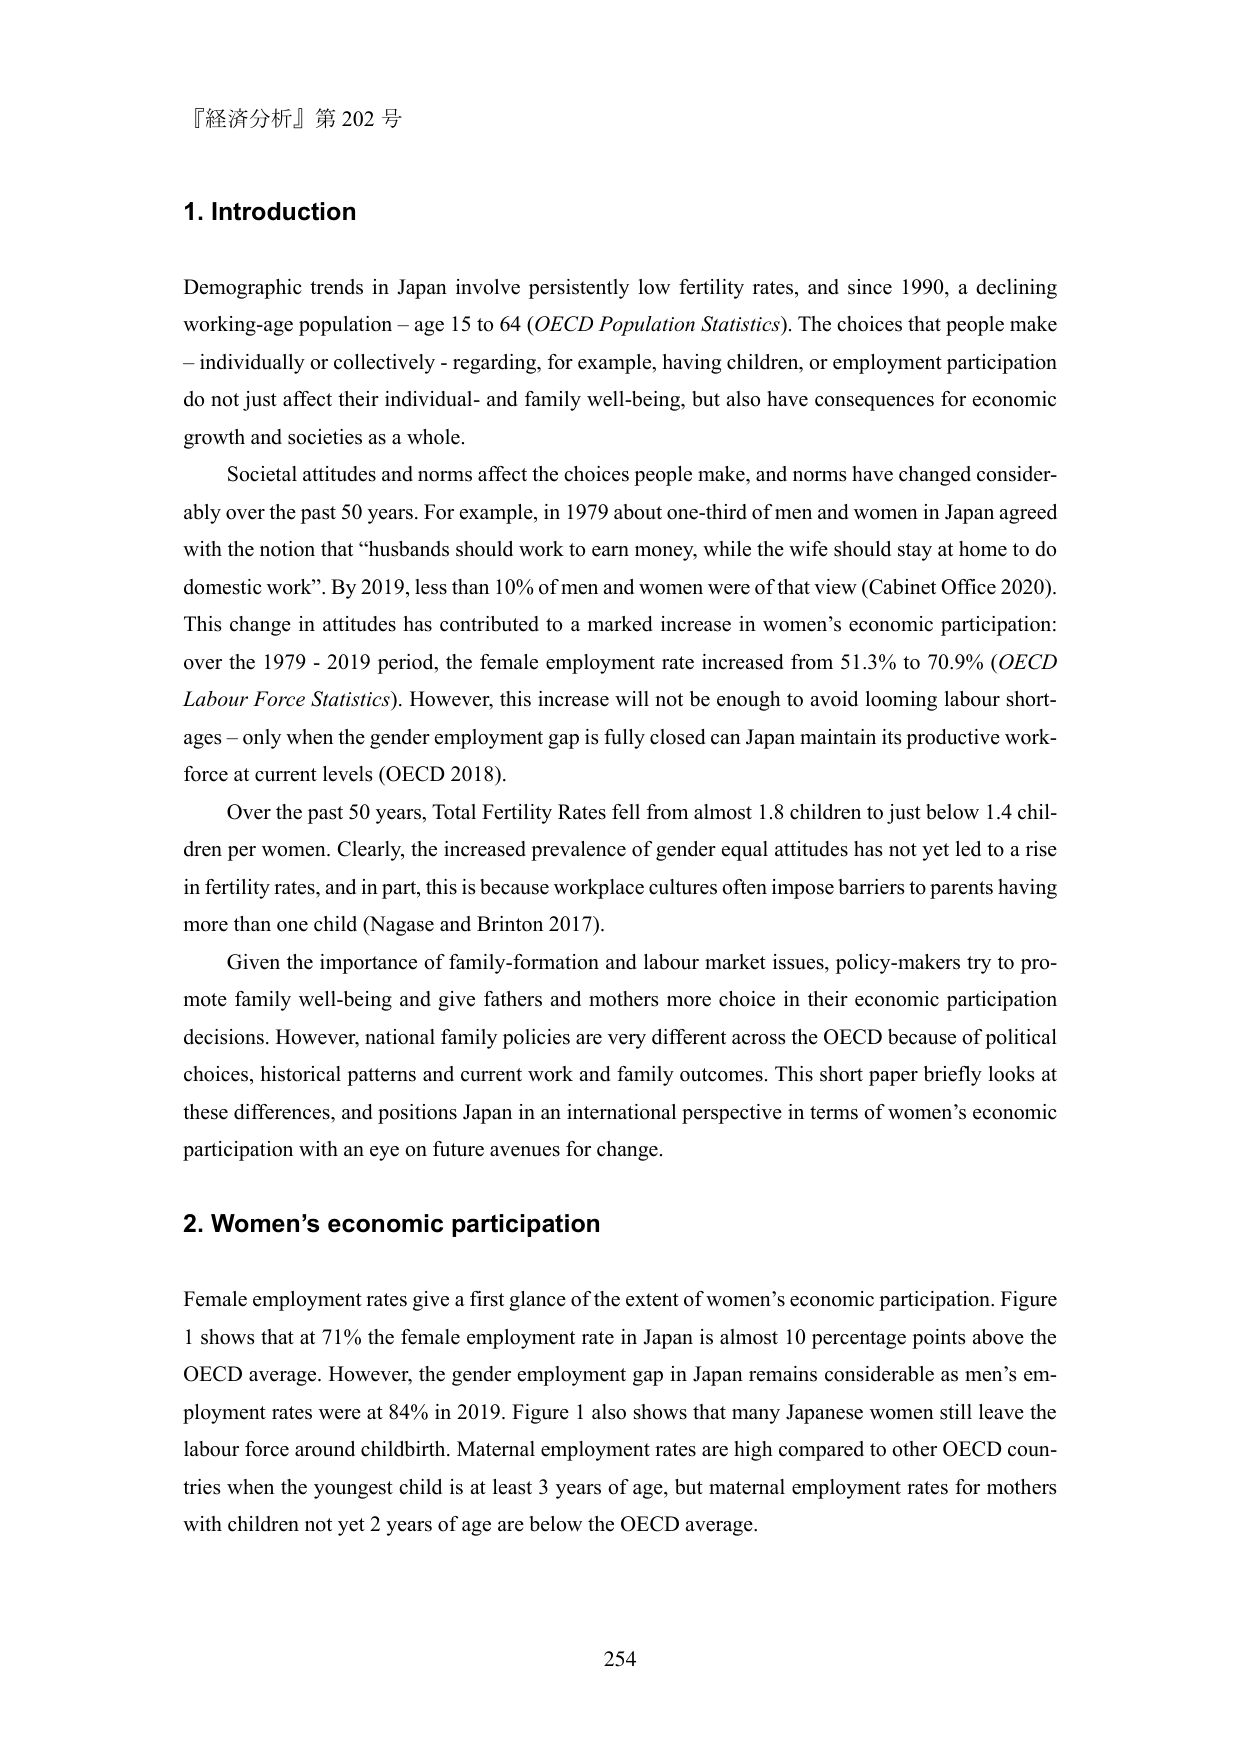
『経済分析』第202号

1. Introduction

Demographic trends in Japan involve persistently low fertility rates, and since 1990, a declining working-age population – age 15 to 64 (OECD Population Statistics). The choices that people make – individually or collectively - regarding, for example, having children, or employment participation do not just affect their individual- and family well-being, but also have consequences for economic growth and societies as a whole.

Societal attitudes and norms affect the choices people make, and norms have changed considerably over the past 50 years. For example, in 1979 about one-third of men and women in Japan agreed with the notion that “husbands should work to earn money, while the wife should stay at home to do domestic work”. By 2019, less than 10% of men and women were of that view (Cabinet Office 2020). This change in attitudes has contributed to a marked increase in women’s economic participation: over the 1979 - 2019 period, the female employment rate increased from 51.3% to 70.9% (OECD Labour Force Statistics). However, this increase will not be enough to avoid looming labour shortages – only when the gender employment gap is fully closed can Japan maintain its productive workforce at current levels (OECD 2018).

Over the past 50 years, Total Fertility Rates fell from almost 1.8 children to just below 1.4 children per women. Clearly, the increased prevalence of gender equal attitudes has not yet led to a rise in fertility rates, and in part, this is because workplace cultures often impose barriers to parents having more than one child (Nagase and Brinton 2017).

Given the importance of family-formation and labour market issues, policy-makers try to promote family well-being and give fathers and mothers more choice in their economic participation decisions. However, national family policies are very different across the OECD because of political choices, historical patterns and current work and family outcomes. This short paper briefly looks at these differences, and positions Japan in an international perspective in terms of women’s economic participation with an eye on future avenues for change.

2. Women’s economic participation

Female employment rates give a first glance of the extent of women’s economic participation. Figure 1 shows that at 71% the female employment rate in Japan is almost 10 percentage points above the OECD average. However, the gender employment gap in Japan remains considerable as men’s employment rates were at 84% in 2019. Figure 1 also shows that many Japanese women still leave the labour force around childbirth. Maternal employment rates are high compared to other OECD countries when the youngest child is at least 3 years of age, but maternal employment rates for mothers with children not yet 2 years of age are below the OECD average.

254